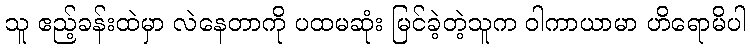
သူ ဧည့်ခန်းထဲမှာ လဲနေတာကို ပထမဆုံး မြင်ခဲ့တဲ့သူက ဝါကာယာမာ ဟိရောမိပါ